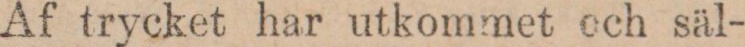
Af trycket har utkommet och säl-